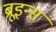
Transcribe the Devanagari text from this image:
ब्रूइन्स